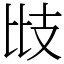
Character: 㩺